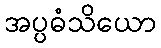
အပ္ပဓံသိယော